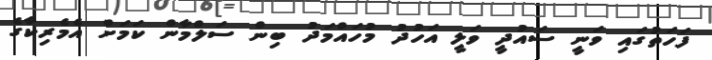
ފަހަތުގައި ވަނީ ސައުދީ ވަލީ އަހުދު މުހައްމަދު ބިން ސަލްމާން ކަމަށް އެމެރިކާގެ